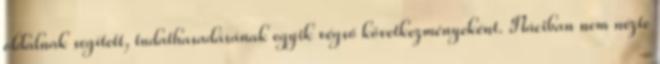
oldalnak segített, tudathasadásának egyik végső következményeként. Náciban nem nézte